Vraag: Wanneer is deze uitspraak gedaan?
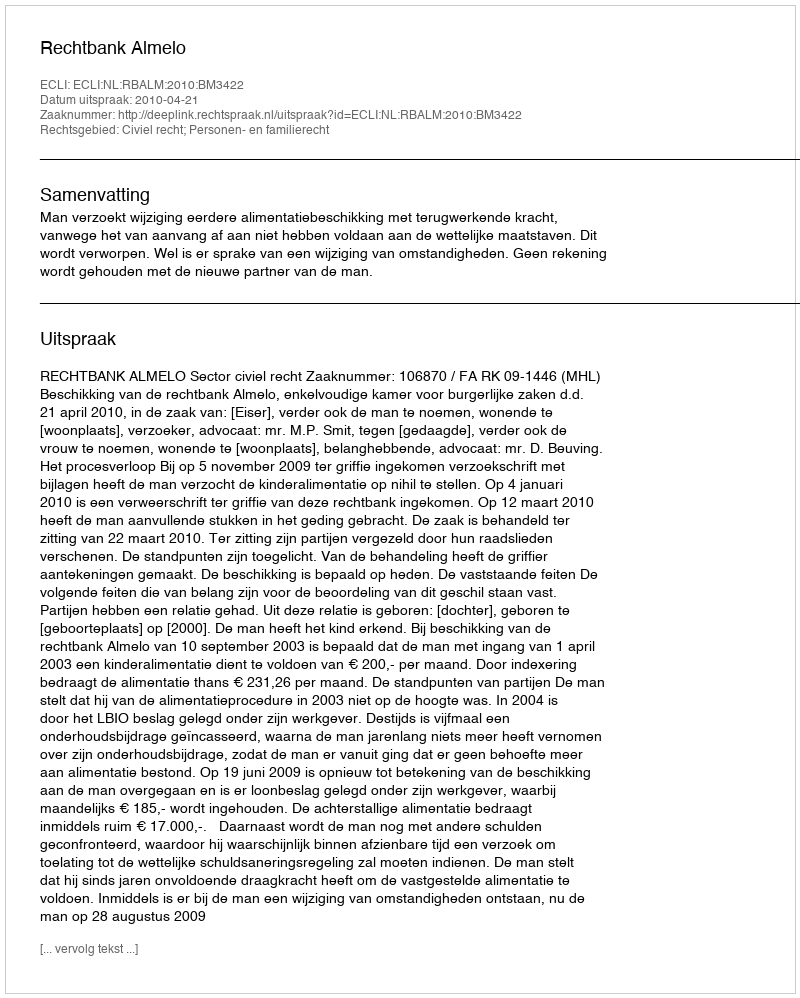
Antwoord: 2010-04-21